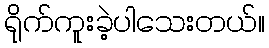
ရိုက်ကူးခဲ့ပါသေးတယ်။